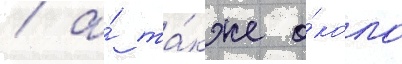
/ а́ та́кже о́коло